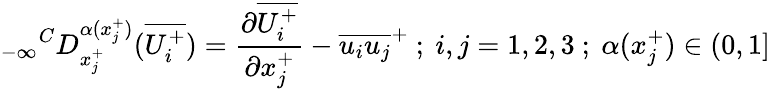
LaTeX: {_{-\infty}}^{C}D_{x_{j}^{+}}^{\alpha(x_{j}^{+})}(\overline{{U_{i}^{+}}})=\frac{\partial\overline{{U_{i}^{+}}}}{\partial x_{j}^{+}}-\overline{{u_{i}u_{j}}}^{+}~;~i,j=1,2,3~;~\alpha(x_{j}^{+})\in(0,1]